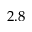
2 . 8